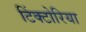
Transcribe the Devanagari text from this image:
टिंक्टोरिया